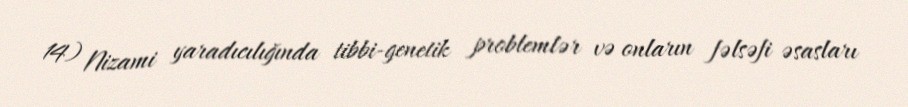
14) Nizami yaradıcılığında tibbi-genetik problemlər və onların fəlsəfi əsasları